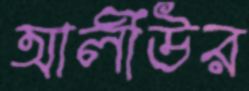
আলীউর